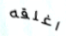
اغلقه